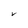
Character: V